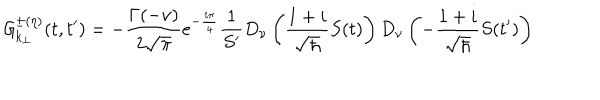
LaTeX: { \cal { G } } _ { k _ { \perp } } ^ { \pm ( \eta ) } ( t , t ^ { \prime } ) = - { \frac { \Gamma ( - \nu ) } { 2 \sqrt { \pi } } } e ^ { - { \frac { i \pi } { 4 } } } { \frac { 1 } { S ^ { \prime } } } D _ { \nu } \left( { \frac { 1 + i } { \sqrt { \hbar } } } S ( t ) \right) D _ { \nu } \left( - { \frac { 1 + i } { \sqrt { \hbar } } } S ( t ^ { \prime } ) \right)